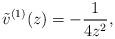
LaTeX: \begin{align*} \tilde{v}^{(1)}(z)=-\frac{1}{4z^2}{,}\end{align*}